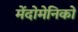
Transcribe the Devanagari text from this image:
मेंदोमेनिको